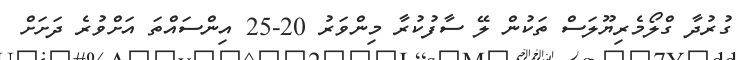
ގުރުދާ ގްލޯމެރިޔޫލަސް ތަކުން ލޭ ސާފުކުރާ މިންވަރު 20-25 އިންސައްތަ އަށްވުރެ ދަށަށް